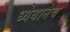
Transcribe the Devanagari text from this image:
ध्येयानेच